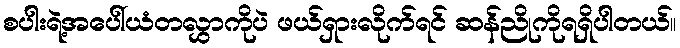
စပါးရဲ့အပေါ်ယံတလွှာကိုပဲ ဖယ်ရှားလိုက်ရင် ဆန်ညိုကိုရရှိပါတယ်။